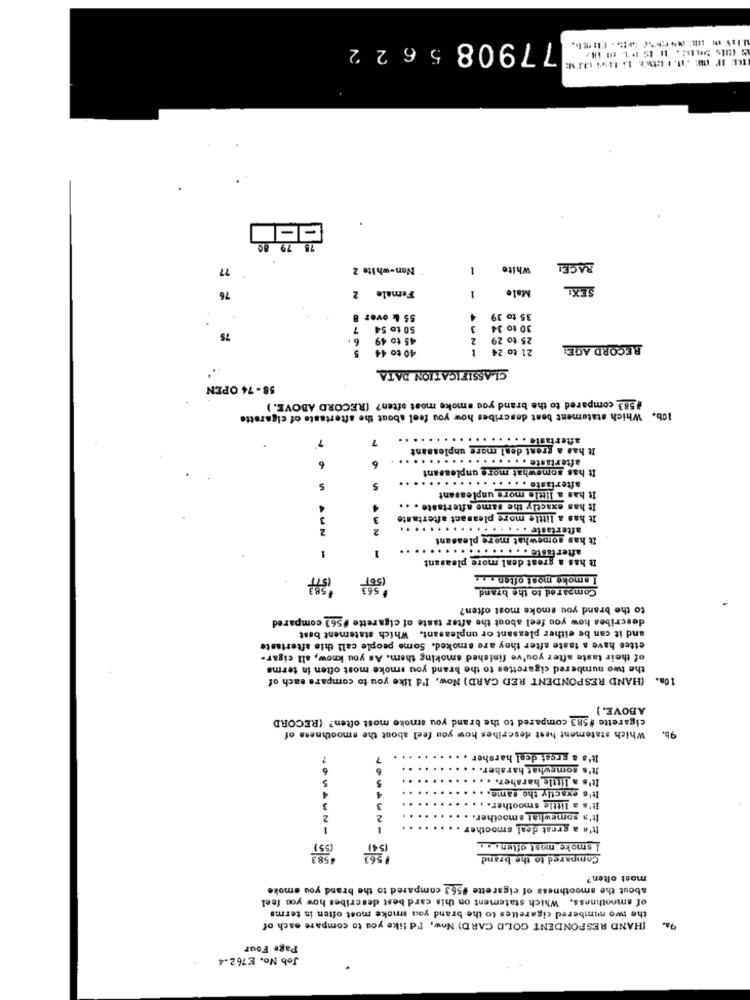
779085622
78 79
77
Non-white 2
White
RACE!
Female 2
Malo
SEXI
76
1
55 & over 8
4
35 to 39
50 to 54 7
3
30 to 34
75
6.
45 to 49
2
25 to 29
40 to 44
21 to 24
RECORD AGE:
CLASSIFICATION DATA
58-74 OPEN
#583 compared to the brand you smoke most often? (RECORD ABOVE. )
10b. Which statement best describes how you feel about the aftertaste of cigarette
afterta
It has a great denl more unpleasant
aftertaste . . . ..
6
It has somewhat more unpleasant
aftertaste . . . . . . . . . .
5
It has a little more unpleasant
4
..
It has exactly the same aftertaste
3
It has a little more pleasant aftertaste
2
aftertaste . . . . . .. . ....
somewhat more pleasant
after taste .. . .. . . . . . . .
1
It has a great deal more pleasant
-
I smoke most often . ..
Compared to the brand
to the brand you smoke most often?
describes how you feel about the after taste of cigarette #563 compared
and it can be either pleasant or unpleasant. Which statement best
ettes have a taste after they are smoked. Some people call this aftertaste
of their taste after you've finished smoking them. As you know, all cigar-
the two numbered cigarettes to the brand you smoke most often in terme
(HAND RESPONDENT RED CARD) Now, I'd like you to compare each of
ABOVE. )
cigarette #583 compared to the brand you smoke most often? (RECORD
Which statement hest describes how you feel about the smoothness of
95.
7
It's a great deal harsher .
It's somewhat harsher. . . ..
..
It's a little harsher. ..
5
5
It's exactly the same.
4
3
3
It's a little smoother.
2
2
.
It's somewhat smoother. .
It's a great deal smoother .
. .
I smoke most often. ..
Compared to the brand
most often?
about the smoothness of cigarette #563 compared to the brand you smoke
of smoothness. Which statement on this card best describes how you feel
the two numbered cigarettes to the brand you smoke most often in terms
(HAND RESPONDENT GOLD CARD) Now, I'd like you to compare each of
Page Four
Job No. E762-4